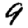
Digit: 9